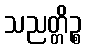
သညတ္တိဉ္စ